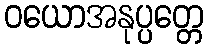
ဝယောအနုပ္ပတ္တေ